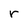
Character: r